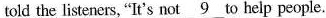
told the listeners, "It's not \underline{9} to help people.